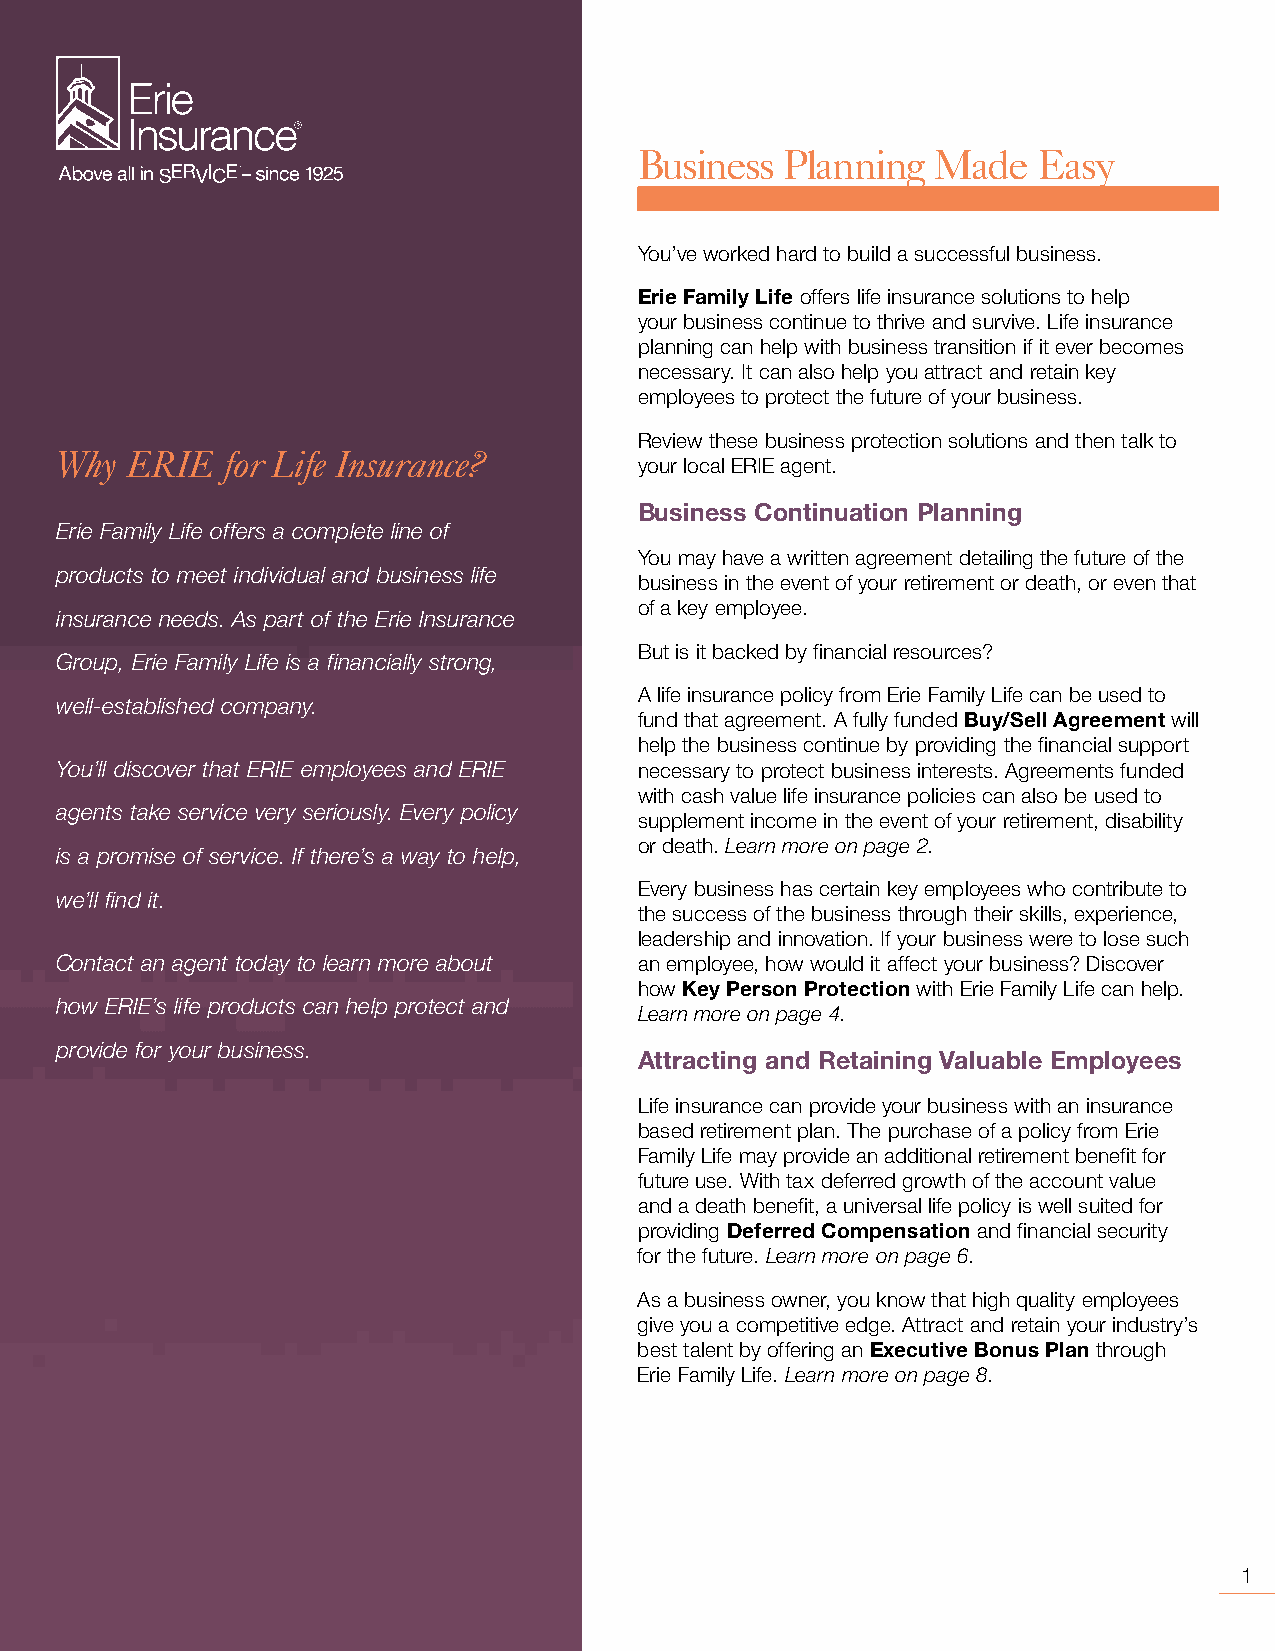
Business  Planning  Made   Easy
 You’ve worked hard to build a successful business.
 Erie Family Life offers life insurance solutions to help
 your business continue to thrive and survive. Life insurance
 planning can help with business transition if it ever becomes
 necessary. It can also help you attract and retain key
 employees to protect the future of your business.
 Review these business protection solutions and then talk to
 Why ERIE   for Life Insurance?
 your local ERIE agent.
 Business Continuation Planning
 Erie Family Life offers a complete line of
 You may have a written agreement detailing the future of the
 products to meet individual and business life
 business in the event of your retirement or death, or even that
 of a key employee.
 insurance needs. As part of the Erie Insurance
 But is it backed by financial resources?
 Group, Erie Family Life is a financially strong,
 A life insurance policy from Erie Family Life can be used to
 well-established company.
 fund that agreement. A fully funded Buy/Sell Agreement will
 help the business continue by providing the financial support
 You’ll discover that ERIE employees and ERIE necessary to protect business interests. Agreements funded
 with cash value life insurance policies can also be used to
 agents take service very seriously. Every policy
 supplement income in the event of your retirement, disability
 or death. Learn more on page 2.
 is a promise of service. If there’s a way to help,
 Every business has certain key employees who contribute to
 we’ll find it.
 the success of the business through their skills, experience,
 leadership and innovation. If your business were to lose such
 Contact an agent today to learn more about an employee, how would it affect your business? Discover
 how Key Person Protection with Erie Family Life can help.
 how ERIE’s life products can help protect and
 Learn more on page 4.
 provide for your business.
 Attracting and Retaining Valuable Employees
 Life insurance can provide your business with an insurance
 based retirement plan. The purchase of a policy from Erie
 Family Life may provide an additional retirement benefit for
 future use. With tax deferred growth of the account value
 and a death benefit, a universal life policy is well suited for
 providing Deferred Compensation and financial security
 for the future. Learn more on page 6.
 As a business owner, you know that high quality employees
 give you a competitive edge. Attract and retain your industry’s
 best talent by offering an Executive Bonus Plan through
 Erie Family Life. Learn more on page 8.
 1